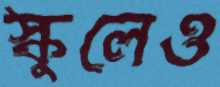
স্কুলেও